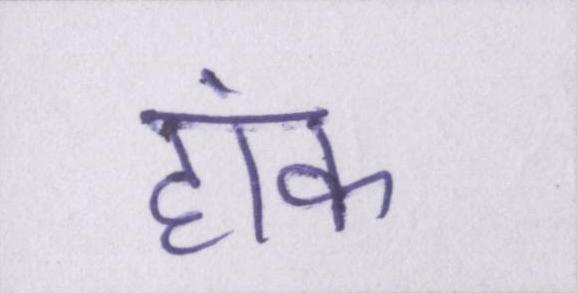
हांक